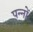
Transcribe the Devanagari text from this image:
पन्‍नों